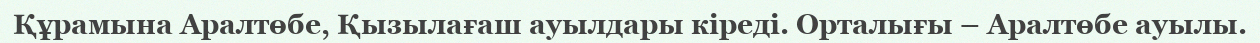
Құрамына Аралтөбе, Қызылағаш ауылдары кіреді. Орталығы – Аралтөбе ауылы.